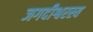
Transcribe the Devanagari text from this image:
जगदीश्वरस्य